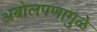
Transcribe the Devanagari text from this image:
अबोलपणामुळे